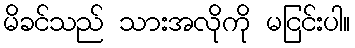
မိခင်သည် သားအလိုကို မငြင်းပါ။